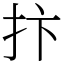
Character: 抃